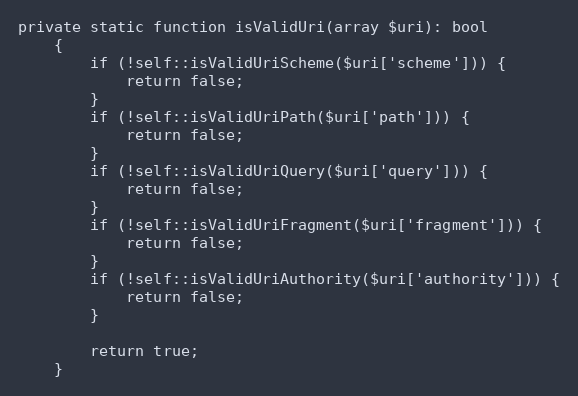
Language: PHP
private static function isValidUri(array $uri): bool
    {
        if (!self::isValidUriScheme($uri['scheme'])) {
            return false;
        }
        if (!self::isValidUriPath($uri['path'])) {
            return false;
        }
        if (!self::isValidUriQuery($uri['query'])) {
            return false;
        }
        if (!self::isValidUriFragment($uri['fragment'])) {
            return false;
        }
        if (!self::isValidUriAuthority($uri['authority'])) {
            return false;
        }

        return true;
    }